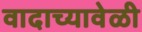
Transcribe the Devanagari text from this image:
वादाच्यावेळी